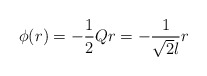
\begin{align*}\phi(r)=-\frac12 Qr =-\frac{1}{\sqrt{2}l} r\end{align*}